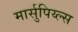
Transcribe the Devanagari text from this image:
मार्सुपिय्ल्स